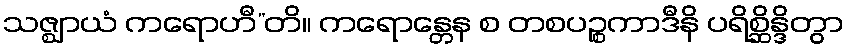
သဇ္ဈာယံ ကရောဟီ”တိ။ ကရောန္တေန စ တစပဉ္စကာဒီနိ ပရိစ္ဆိန္ဒိတွာ